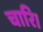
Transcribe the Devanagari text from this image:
चारि।